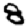
Digit: 8